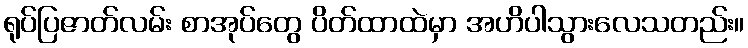
ရုပ်ပြဇာတ်လမ်း စာအုပ်တွေ ပိတ်ထာထဲမှာ အဟိပါသွားလေသတည်း။